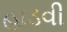
હાડવી